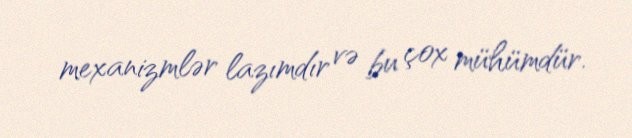
mexanizmlər lazımdır və bu çox mühümdür.